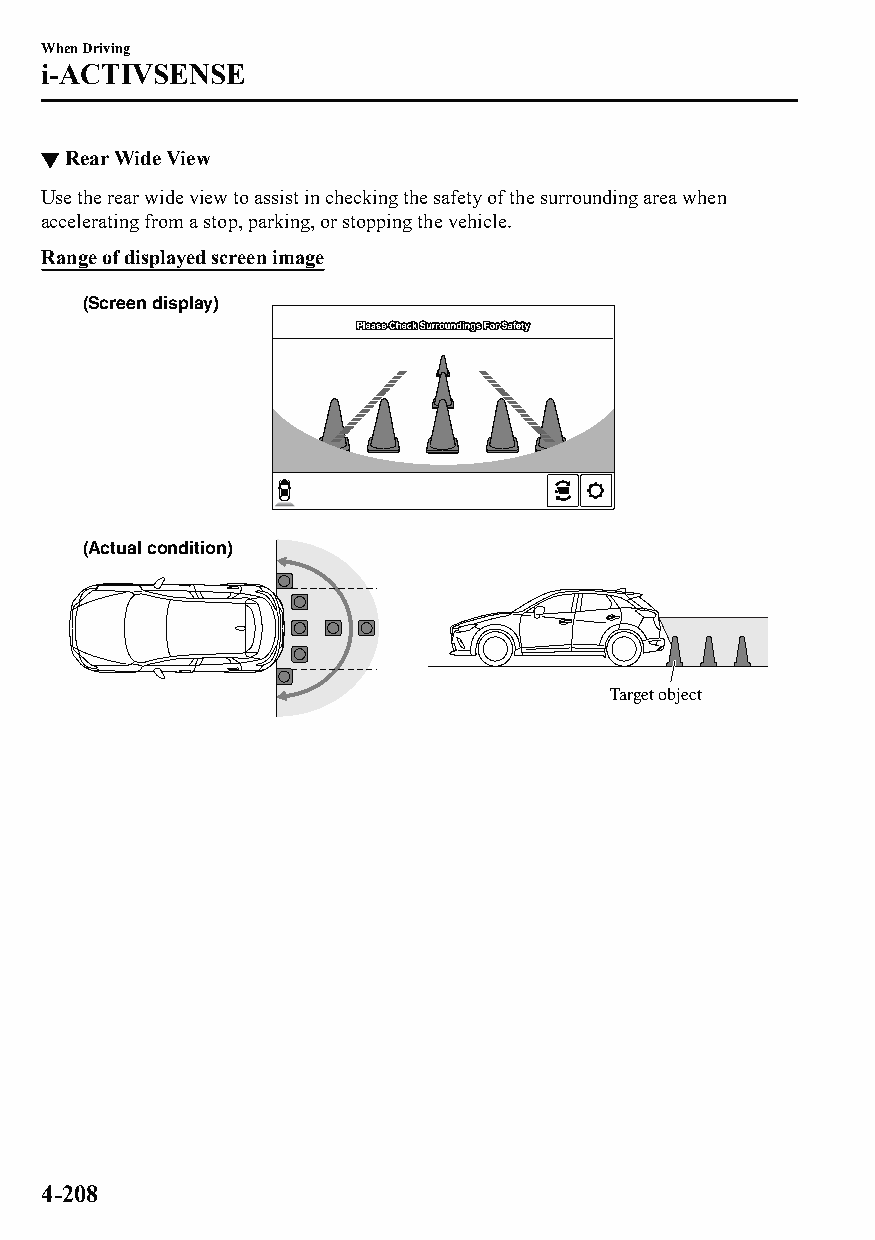
When Driving
 i-ACTIVSENSE
 ▼Rear Wide View
 Use the rear wide view to assist in checking the safety of the surrounding area when
 accelerating from a stop, parking, or stopping the vehicle.
 Range of displayed screen image
 (Screen display)
 (Actual condition)
 Target object
 4-208
 CX-3_8GT4-EE-18D_Edition4                  2018-9-6 18:32:19